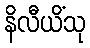
နိလီယိံသု